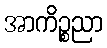
အာကိဉ္စညာ